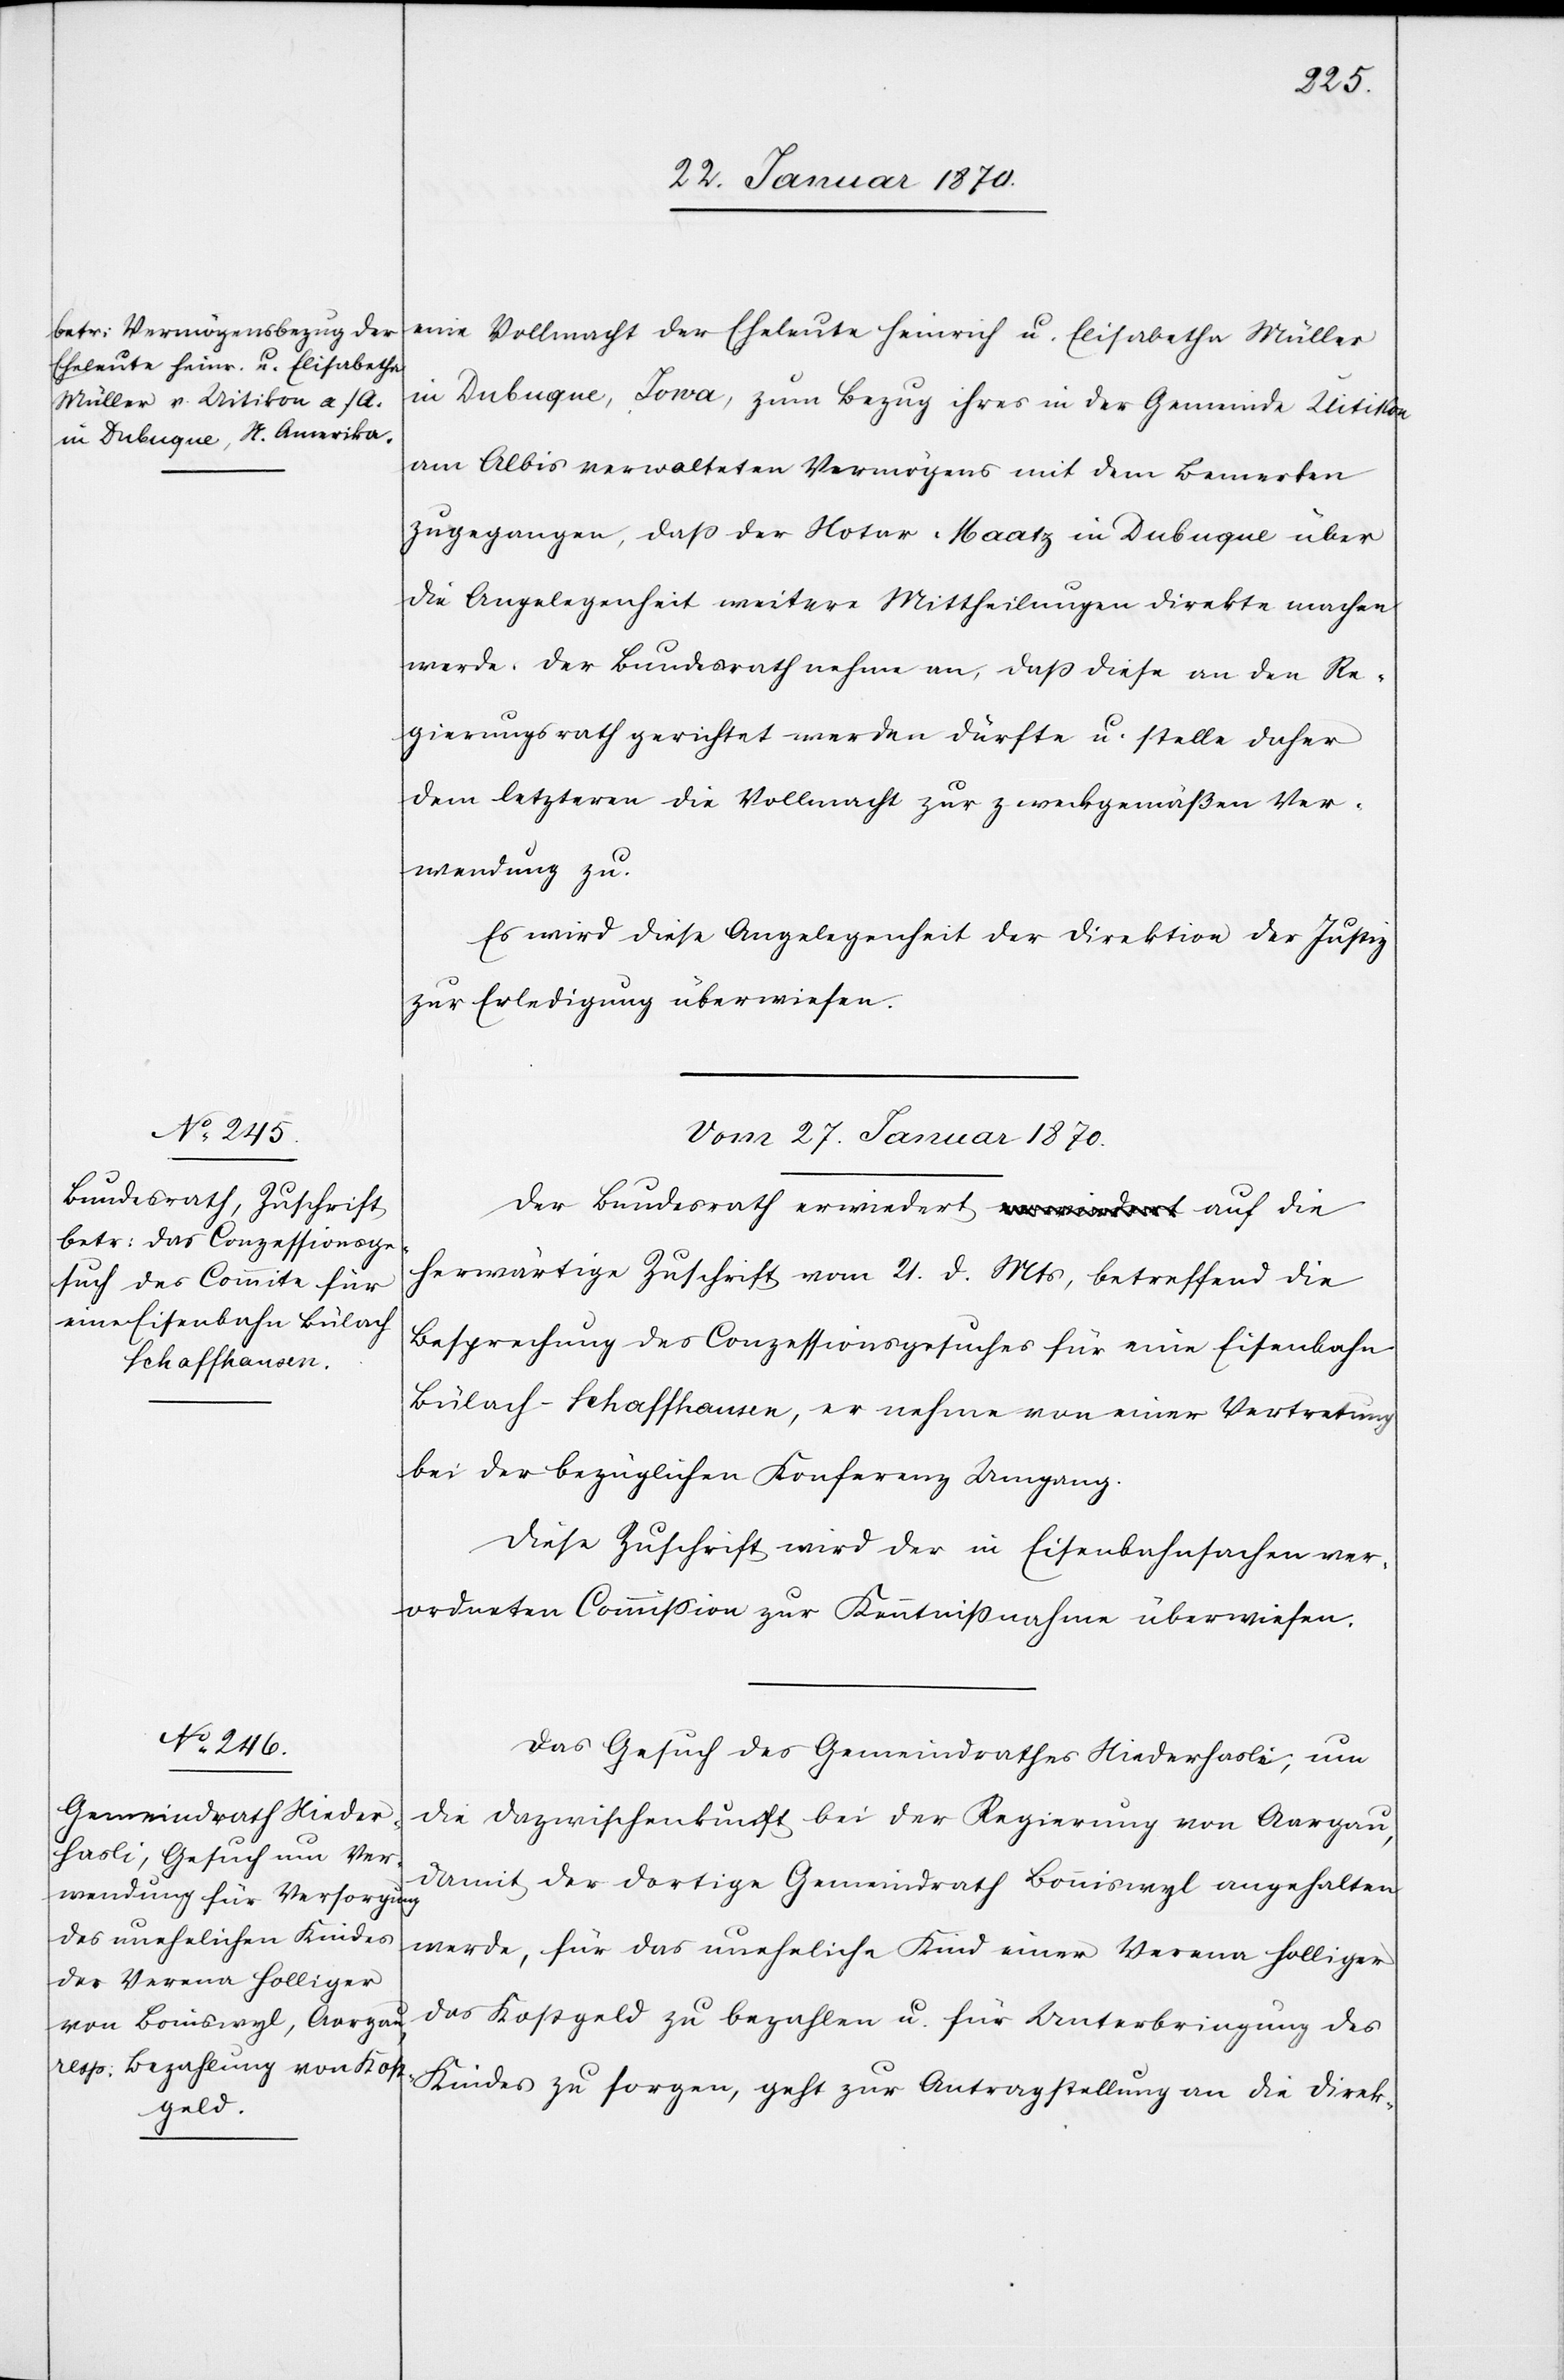
21. d.
eine Vollmacht der Eheleute Heinrich u. Elisabetha Müller
in Dubuque, Iowa, zum Bezug ihres in der Gemeinde Uitikon
am Albis verwalteten Vermögens mit dem Bemerken
zugegangen, daß der Notar Maatz in Dubuque über
die Angelegenheit weitere Mittheilungen direkte machen
werde. Der Bundesrath nehme an, daß diese an den Re¬
gierungsrath gerichtet werden dürfte u. stelle daher
dem letzteren die Vollmacht zur zweckgemäßen Ver¬
wendung zu.
Es wird diese Angelegenheit der Direktion des Innern
zur Erledigung überwiesen.
Vom 27. Januar 1870.]
Der Bundesrath erwiedert auf die herwärtige Zuschrift
Besprechung des Conzessionsgesuches für eine Eisenbahn
Bülach–Schaffhausen, er nehme von einer Vertretung
bei der bezüglichen Konferenz Umgang.
Diese Zuschrift wir der in Eisenbahnsachen ver¬
ordneten Commission zur Kenntnißnahme überwiesen.
Das Gesuch des Gemeindrathes Niederhasli, um
die Dazwischenkunft bei der Regierung von Aargau,
damit der dortige Gemeindrath Bonniswyl angehalten
werde, für das uneheliche Kind einer Verena Holliger
das Kostgeld zu bezahlen u. für Unterbringung des
Kindes zu sorgen, geht zur Antragstellung an die Direk-